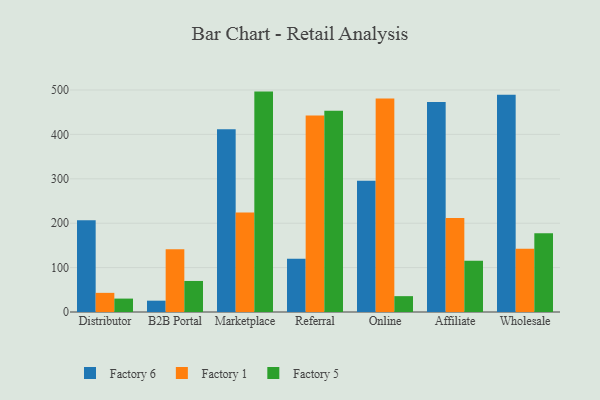
{"axis": {"x": "Channel", "y": "Production Output"}, "legend": ["Factory 1", "Factory 5", "Factory 6"], "data": [{"x": "Distributor", "y": 206.7, "type": "Factory 6"}, {"x": "Distributor", "y": 43.1, "type": "Factory 1"}, {"x": "Distributor", "y": 30.2, "type": "Factory 5"}, {"x": "B2B Portal", "y": 25.5, "type": "Factory 6"}, {"x": "B2B Portal", "y": 141.6, "type": "Factory 1"}, {"x": "B2B Portal", "y": 69.9, "type": "Factory 5"}, {"x": "Marketplace", "y": 411.8, "type": "Factory 6"}, {"x": "Marketplace", "y": 224.3, "type": "Factory 1"}, {"x": "Marketplace", "y": 496.4, "type": "Factory 5"}, {"x": "Referral", "y": 120.0, "type": "Factory 6"}, {"x": "Referral", "y": 442.3, "type": "Factory 1"}, {"x": "Referral", "y": 453.3, "type": "Factory 5"}, {"x": "Online", "y": 295.6, "type": "Factory 6"}, {"x": "Online", "y": 481.0, "type": "Factory 1"}, {"x": "Online", "y": 35.7, "type": "Factory 5"}, {"x": "Affiliate", "y": 473.0, "type": "Factory 6"}, {"x": "Affiliate", "y": 211.6, "type": "Factory 1"}, {"x": "Affiliate", "y": 115.7, "type": "Factory 5"}, {"x": "Wholesale", "y": 489.1, "type": "Factory 6"}, {"x": "Wholesale", "y": 142.5, "type": "Factory 1"}, {"x": "Wholesale", "y": 177.5, "type": "Factory 5"}]}